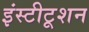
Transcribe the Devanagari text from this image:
इंस्टीटूशन